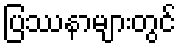
ပြဿနာများတွင်